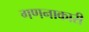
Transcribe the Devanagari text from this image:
गणनाकारी